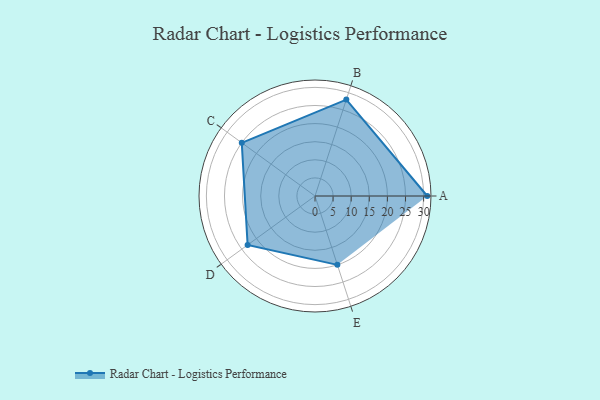
{"axis": {"x": "Skill", "y": "Score"}, "legend": ["Profile"], "data": [{"x": "A", "y": 31.0, "type": "Profile"}, {"x": "B", "y": 28.0, "type": "Profile"}, {"x": "C", "y": 25.0, "type": "Profile"}, {"x": "D", "y": 23.0, "type": "Profile"}, {"x": "E", "y": 20, "type": "Profile"}]}